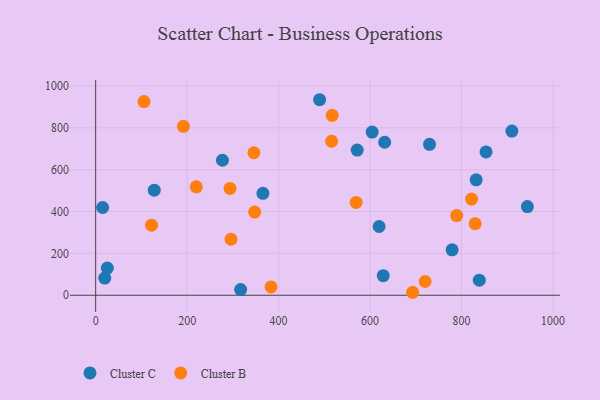
{"axis": {"x": "Speed", "y": "Rating"}, "legend": ["Cluster B", "Cluster C"], "data": [{"x": "604.6", "y": 780.0, "type": "Cluster C"}, {"x": "779.5", "y": 217.2, "type": "Cluster C"}, {"x": "365.8", "y": 487.0, "type": "Cluster C"}, {"x": "489.7", "y": 934.5, "type": "Cluster C"}, {"x": "25.5", "y": 129.9, "type": "Cluster C"}, {"x": "15.2", "y": 419.3, "type": "Cluster C"}, {"x": "628.9", "y": 93.4, "type": "Cluster C"}, {"x": "944.1", "y": 423.8, "type": "Cluster C"}, {"x": "730.1", "y": 721.1, "type": "Cluster C"}, {"x": "128.1", "y": 502.4, "type": "Cluster C"}, {"x": "277.2", "y": 645.2, "type": "Cluster C"}, {"x": "317.0", "y": 27.2, "type": "Cluster C"}, {"x": "19.9", "y": 82.0, "type": "Cluster C"}, {"x": "832.1", "y": 551.5, "type": "Cluster C"}, {"x": "619.8", "y": 328.6, "type": "Cluster C"}, {"x": "838.9", "y": 72.1, "type": "Cluster C"}, {"x": "853.7", "y": 684.8, "type": "Cluster C"}, {"x": "571.9", "y": 693.8, "type": "Cluster C"}, {"x": "632.0", "y": 731.3, "type": "Cluster C"}, {"x": "910.2", "y": 784.6, "type": "Cluster C"}, {"x": "516.0", "y": 736.1, "type": "Cluster B"}, {"x": "569.7", "y": 443.5, "type": "Cluster B"}, {"x": "346.0", "y": 681.0, "type": "Cluster B"}, {"x": "293.8", "y": 510.4, "type": "Cluster B"}, {"x": "822.0", "y": 459.5, "type": "Cluster B"}, {"x": "789.5", "y": 380.8, "type": "Cluster B"}, {"x": "693.2", "y": 14.2, "type": "Cluster B"}, {"x": "720.5", "y": 65.7, "type": "Cluster B"}, {"x": "829.9", "y": 342.2, "type": "Cluster B"}, {"x": "122.1", "y": 334.9, "type": "Cluster B"}, {"x": "220.0", "y": 518.1, "type": "Cluster B"}, {"x": "191.9", "y": 807.2, "type": "Cluster B"}, {"x": "517.2", "y": 859.8, "type": "Cluster B"}, {"x": "347.7", "y": 397.7, "type": "Cluster B"}, {"x": "296.0", "y": 267.7, "type": "Cluster B"}, {"x": "383.5", "y": 39.8, "type": "Cluster B"}, {"x": "105.7", "y": 925.8, "type": "Cluster B"}]}